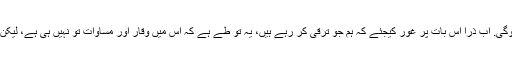
اب تک کی گفتگو آپ کو نصیحت آموز لگی ہوگی. اب ذرا اس بات پر غور کیجئے کہ ہم جو ترقی کر رہے ہیں، یہ تو طے ہے کہ اس میں وقار اور مساوات تو نہیں ہی ہے، لیکن کیا اس میں خود کفیلی کا ایک بھی جزء ہے؟